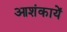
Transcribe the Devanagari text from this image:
आशंकायें